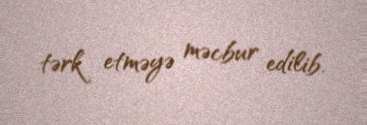
tərk etməyə məcbur edilib.